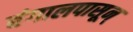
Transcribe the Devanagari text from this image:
बंगालपासून्